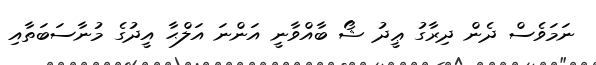
ނަމަވެސް ދެން ދިރާގު ޢީދު ޝޯ ބާއްވާނީ އަންނަ އަލްޙާ އީދުގެ މުނާސަބަތާއި